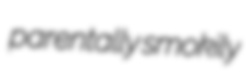
parentally smokily